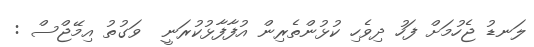
ލަނޑު ޖެހުމަށް ފަހު ދިވެހި ކުޅުންތެރިން އުފާފާޅުކުރަނީ  ވަގުތު އިމޭޖްސް :